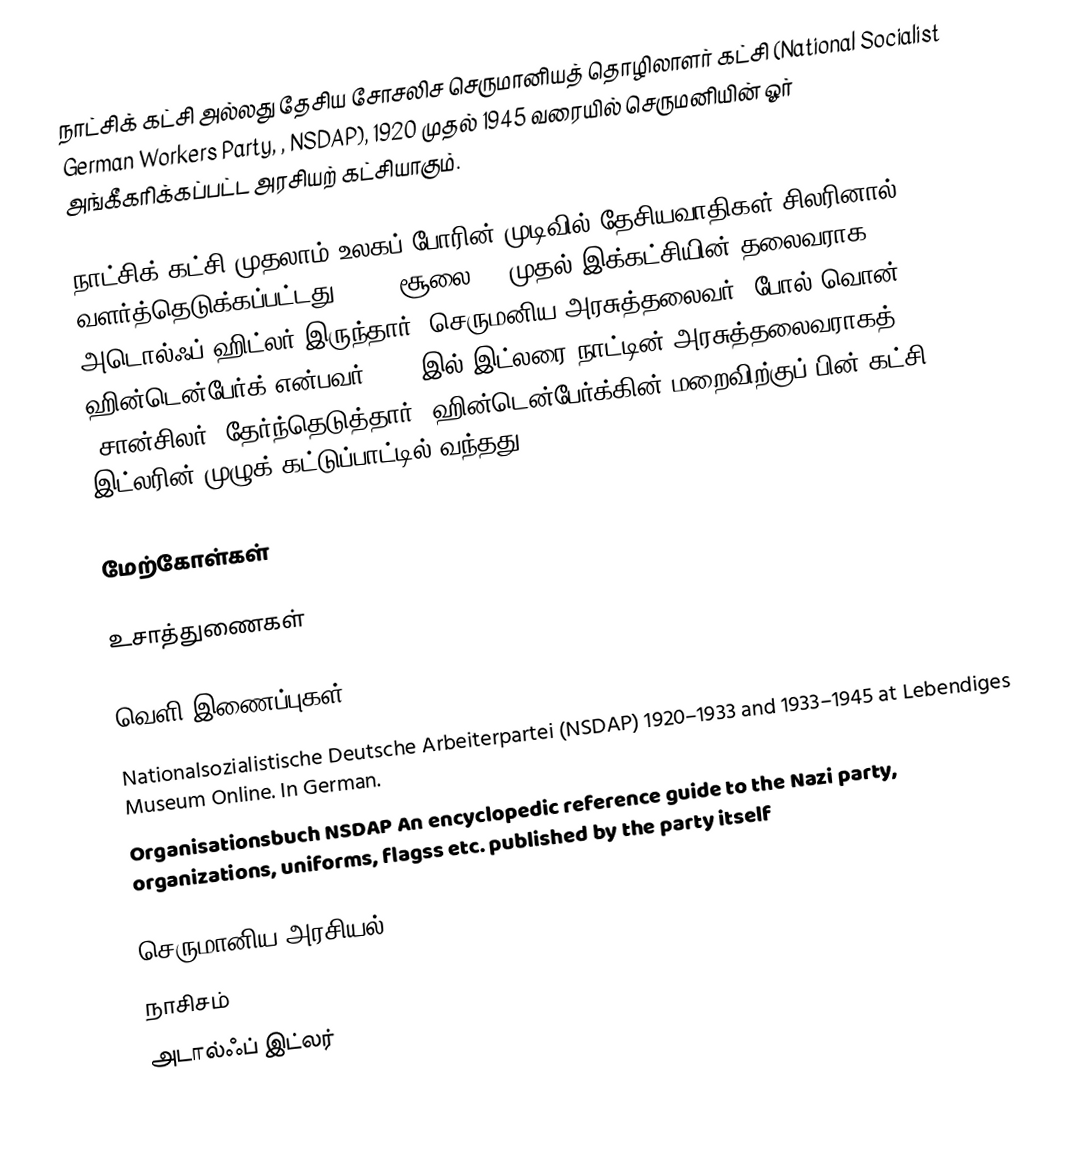
நாட்சிக் கட்சி அல்லது தேசிய சோசலிச செருமானியத் தொழிலாளர் கட்சி (National Socialist German Workers Party, , NSDAP), 1920 முதல் 1945 வரையில் செருமனியின் ஓர் அங்கீகரிக்கப்பட்ட அரசியற் கட்சியாகும்.

நாட்சிக் கட்சி முதலாம் உலகப் போரின் முடிவில் தேசியவாதிகள் சிலரினால் வளர்த்தெடுக்கப்பட்டது. 1921 சூலை 28 முதல் இக்கட்சியின் தலைவராக அடொல்ஃப் ஹிட்லர் இருந்தார். செருமனிய அரசுத்தலைவர் 'போல் வொன் ஹின்டென்பேர்க் என்பவர் 1933-இல் இட்லரை நாட்டின் அரசுத்தலைவராகத் (சான்சிலர்) தேர்ந்தெடுத்தார். ஹின்டென்பேர்க்கின் மறைவிற்குப் பின் கட்சி இட்லரின் முழுக் கட்டுப்பாட்டில் வந்தது.

மேற்கோள்கள்

உசாத்துணைகள்

வெளி இணைப்புகள்
 Nationalsozialistische Deutsche Arbeiterpartei (NSDAP) 1920–1933 and 1933–1945  at Lebendiges Museum Online. In German.
 Organisationsbuch NSDAP An encyclopedic reference guide to the Nazi party, organizations, uniforms, flagss etc. published by the party itself

செருமானிய அரசியல்
நாசிசம்
அடால்ஃப் இட்லர்